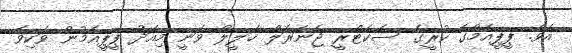
އެވެ. ޕީޕީއެމްގެ ކުރީގެ ސެކެޓްރީ ޖެނަރަލް ޚަލީލް ވަނީ މިއަދު ޕީޕީއެމުން ވަކިވެ